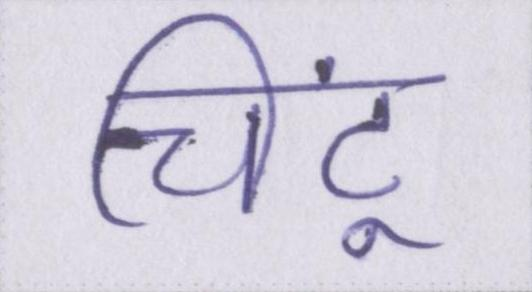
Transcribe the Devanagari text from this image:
चिंटू